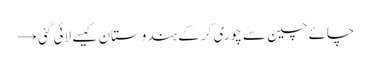
چائے چین سے چوری کر کے ہندوستان کیسے لائی گئی →